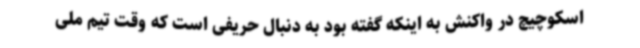
اسکوچیچ در واکنش به اینکه گفته بود به دنبال حریفی است که وقت تیم ملی